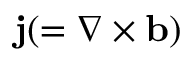
{ \bf { j } } ( = \nabla \times { \bf { b } } )